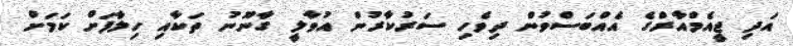
އަދި ޖީއެމްއާރްގެ އެއްބަސްވުން ދިވެހި ސަރުކާރުން އުވާލީ ގާނޫނު ތަކާއި ހިލާފަށް ކަމަށް